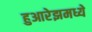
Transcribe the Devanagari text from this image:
हुआरेझमध्ये